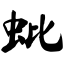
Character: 蚍